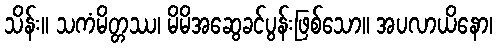
သိန်း။ သကံမိတ္တဿ၊ မိမိအဆွေခင်ပွန်းဖြစ်သော။ အပလာယိနော၊